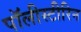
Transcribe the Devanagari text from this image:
पॉलीस्टीरिन